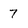
Character: 7